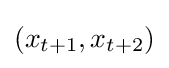
(x_{t+1},x_{t+2})